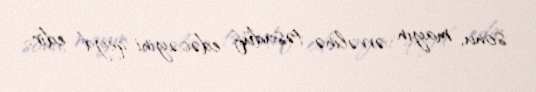
sonu, mayın əvvəlinə təsadüf edəcəyini qeyd edir.